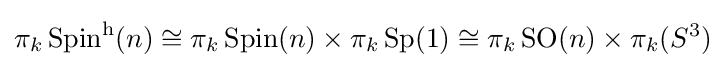
\pi _{k}\operatorname {Spin} ^{\mathrm {h} }(n)\cong \pi _{k}\operatorname {Spin} (n)\times \pi _{k}\operatorname {Sp} (1)\cong \pi _{k}\operatorname {SO} (n)\times \pi _{k}(S^{3})